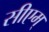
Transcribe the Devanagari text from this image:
सीएम्